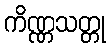
ကိဏ္ဏသတ္တု